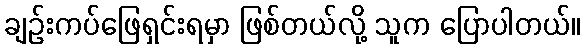
ချဉ်းကပ်ဖြေရှင်းရမှာ ဖြစ်တယ်လို့ သူက ပြောပါတယ်။